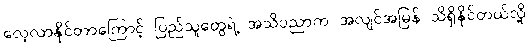
လေ့လာနိုင်တာကြောင့် ပြည်သူတွေရဲ့ အသိပညာက အလျင်အမြန် သိရှိနိုင်တယ်လို့